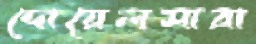
দোয়েলসারা